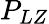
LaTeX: P_{LZ}